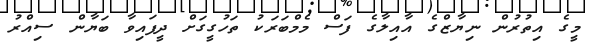
މީގެ އިތުރުން ނިޔާޒްގެ އާއިލާގެ ފަސް މެމްބަރަކު ތަހުގީގަށް ދީފައިވާ ބަޔާން ސިއްރު